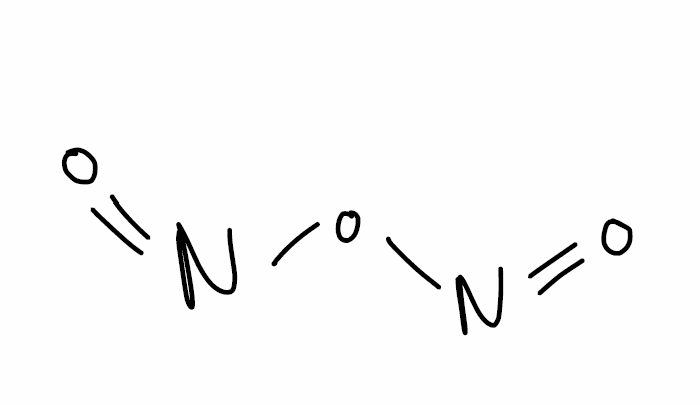
Simplified molecular-input line-entry system (SMILES) notation of the given molecule:
N(=O)ON=O